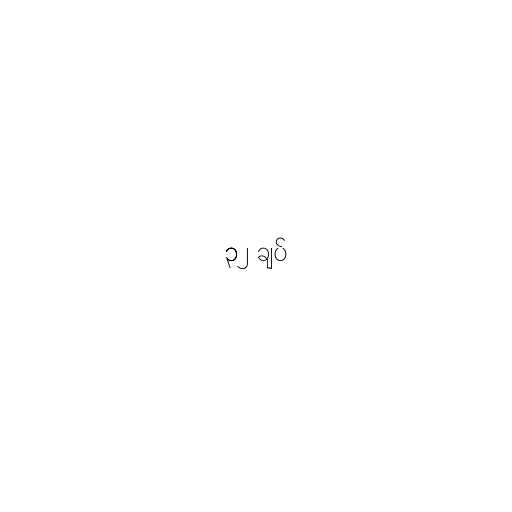
၃၂ ချပ်